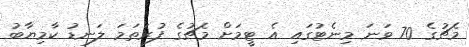
މެޗުގެ 70 ވަނަ މިނެޓުގައި އެ ޓީމަށް މެޗުގެ ފުރަތަމަ ލަނޑު ކާމިޔާބު